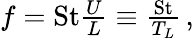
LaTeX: \begin{array}{r}{f=\mathrm{St}\frac{U}{L}\equiv\frac{\mathrm{St}}{T_{L}}\, ,}\end{array}